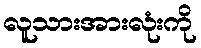
လူသားအားလုံးကို